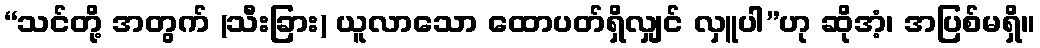
“သင်တို့ အတွက် (သီးခြား) ယူလာသော ထောပတ်ရှိလျှင် လှူပါ”ဟု ဆိုအံ့၊ အပြစ်မရှိ။